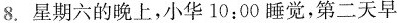
8.星期六的晚上，小华10:00睡觉，第二天早